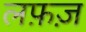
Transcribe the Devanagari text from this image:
लफ़ज़